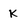
Character: k